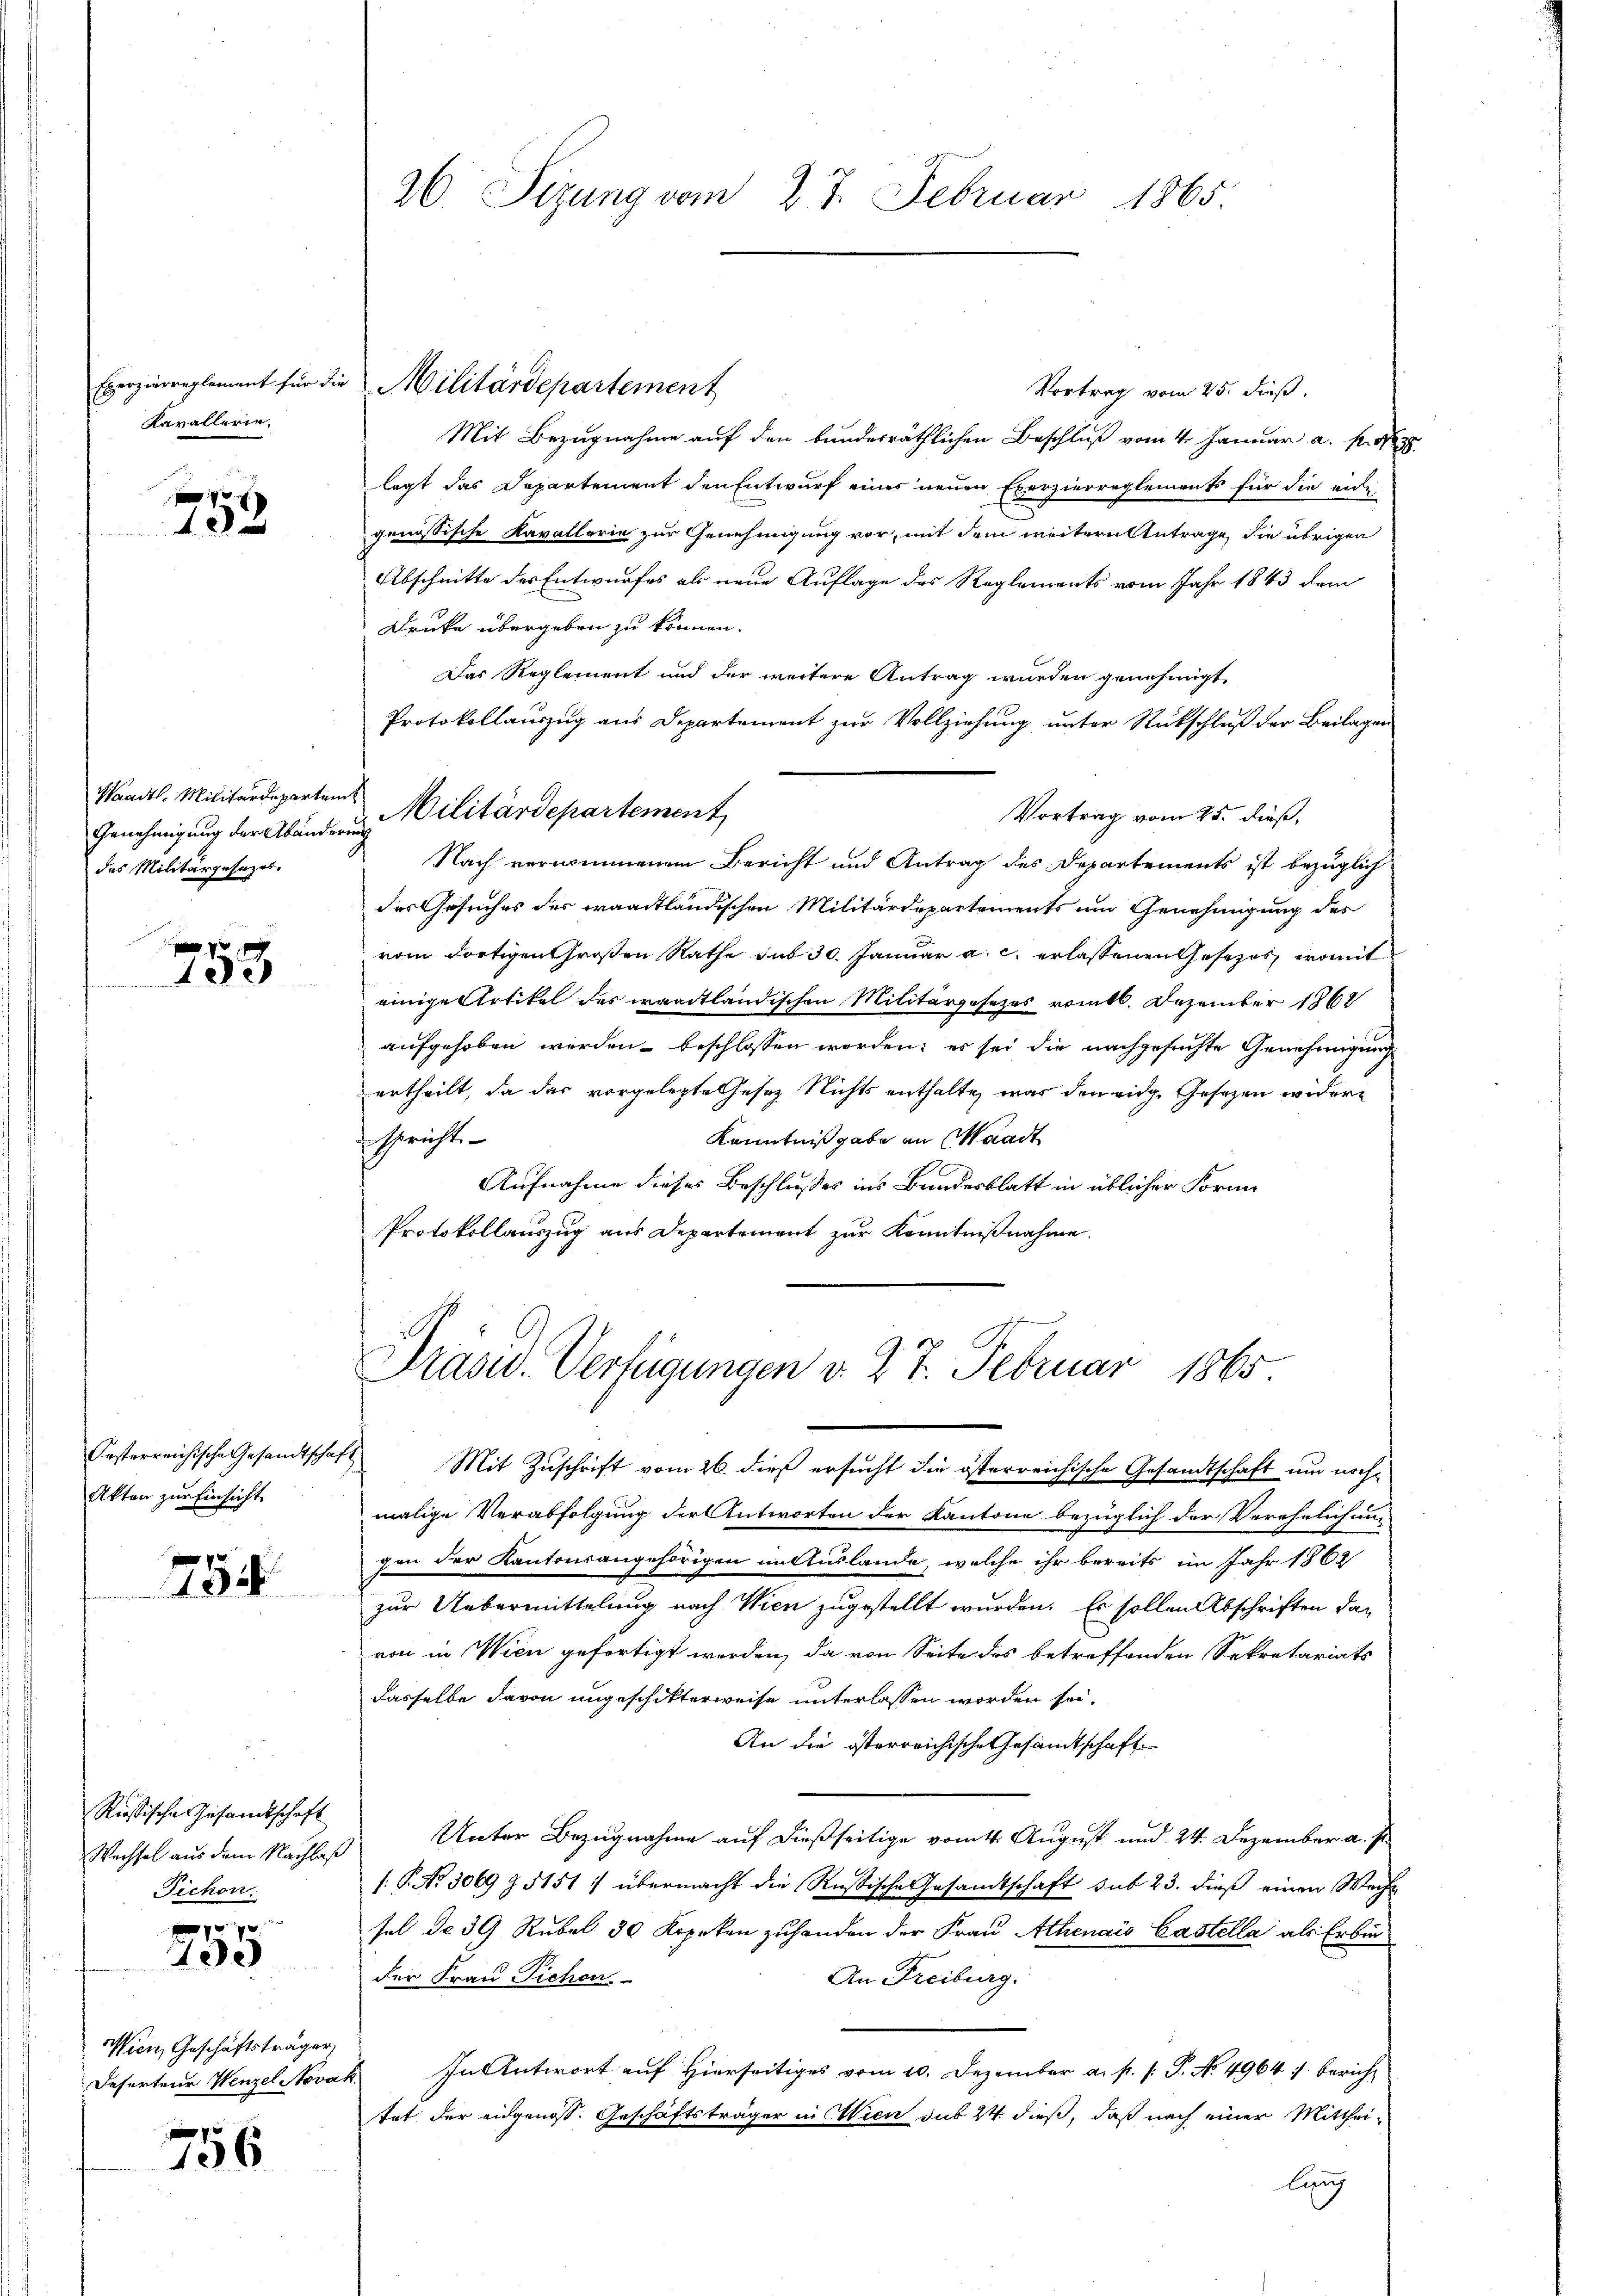
Exerzierreglement für die
Kavallerie.

x

Waadt. Militärdepartem
Genehmigung der Abänderung
das Militärgesezes.

e

Akten zur Einsicht

754

Riösische Gesandtschaft
Fichon.

f xx
400

Wien, Geschäftsträger,
Deserteur Wenzel Novas

756

26. Sizung vom 27. Februar 1865.

Vortrag vom 25. dieß.
Mit Bezugnahme auf den bunderräthlichen Beschluß vom 4. Januar a. p. 1838.
legt das Departement den Entwurf eines neuen Exerzierreglements für die eid
genössische Kavallerie zur Genehmigung vor, mit dem weitern Antrage, die übrigen
Abschnitte des Entwurfes als neue Auflage des Reglements vom Jahr 1843 dem
Druke übergeben zu können.
Das Reglement und der weitere Antrag wurden genehmigt
Protokollauszug aus Departement zur Vollziehung unter Rückschluß der Beilagen
Vortrag vom 25. dieß,
Nach vernommenem Bericht und Antrag des Departements ist bezüglich
des Gesuches des waadtländischen Militärdepartements um Genehmigung des
vom dortigen Großen Rathe sub 30. Januar a. c. erlassenen Gesezes, womit
einige Artikel des waadtländischen Militärgesetzes vomtl. Dezember 1862
aufgehoben werden beschlossen worden; es sei die nachgesuchte Genehmigung
ertheilt, da das vorgelegte Gesetz nichts enthalte war den eidge Gesezen widere
spricht.
Kenntnißgabe an Waadt
Aufnahme dieses Beschlusses ins Bundesblatt in üblicher Forme
Protokollauszug aus Departement zur Kenntnißnahme.

Militärdepartement

Militärdepartement

Prasid. Verfügungen v. 27. Februar 1865

Ersterreichische Gesandtschaft Mit Zuschrift vom 26. dieß ersucht die österreichische Gesandtschaft um nochmalige Verabfolgung der Antworten der Kantone bezüglich der Verehelichung
gen der Kantonsangehörigen in Auslande, welche ihr bereits im Jahr 1862
zur Uebermittelung nach Wien zugestellt wurden. Es sollen Abschriften davon in Wien gefertigt werden, da von Seite des betreffenden Sekretariats
dasselbe davon ungeschikterweise unterlassen worden sei.
An die österreichische Gesamtschaft
Wechsel aŭs dem Nachlaβ Unter Bezugnahme auf dießseitige vom 4. August und 24. Dezember a. s.
/.P. Nr. 3069 Z. 5151: übermacht die Rußische Gesandtschaft sub 23. dieß einen Wache
sel de 39 Rubel 30 Kopeken zuhanden der Frau Athenais Castella als Erbinder Frau Tichen
An Freiburg.
2. In Antwort auf hierseitiges vom 10. Dezember a. p. s. P. No. 4964. 7. bericht
tet der eidgenoss. Geschäftsträger in Wien sub 24 dieß, daß nach einer Mitthei-
lung